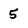
Character: 5